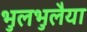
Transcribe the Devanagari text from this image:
भुलभुलैया